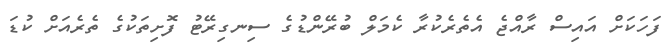
ފަހަކަށް އައިސް ރާއްޖެ އެތެރެކުރާ ކެމަލް ބުރޭންޑުގެ ސިނގިރޭޓު ފޮށިތަކުގެ ތެރެއަށް ކުޑަ